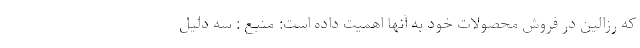
که رزالین در فروش محصولات خود به آنها اهمیت داده است: منبع : سه دلیل